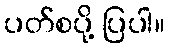
ပတ်စပို့ ပြပါ။